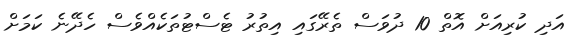
އަދި ކުރިއަށް އޮތް 10 ދުވަސް ތެރޭގައި އިތުރު ޓެސްޓުތަކެއްވެސް ހެދޭނެ ކަމަށް